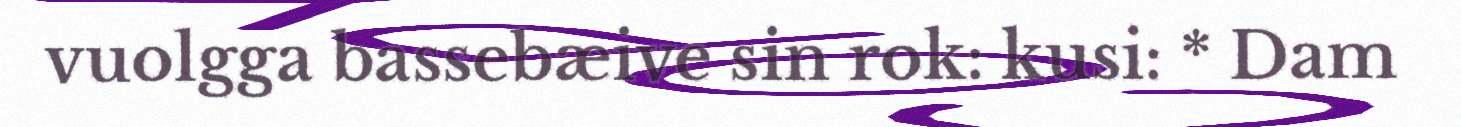
vuolgga bassebæive sin rok: kusi: * Dam